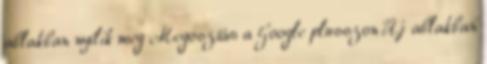
ablakban nyílik meg Megosztás a Google plusszon Új ablakban